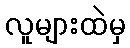
လူများထဲမှ